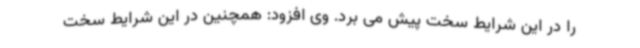
را در این شرایط سخت پیش می برد. وی افزود: همچنین در این شرایط سخت